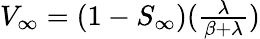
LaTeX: \begin{array}{r}{V_{\infty}=(1-S_{\infty})(\frac{\lambda}{\beta+\lambda})}\end{array}